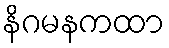
နိဂမနကထာ